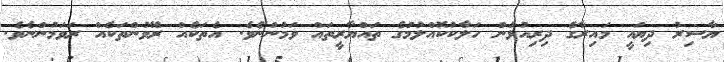
ޔާސިރު ދިޔައީ މައިރާގެ ދިރިއުޅުން ހަލާކުކޮއްލުމުގެ ތައްޔާރީތައް ވަމުންނެވެ. އެތަކެއް ރޭވުންތަކެއް ރަވަމުންނެވެ.